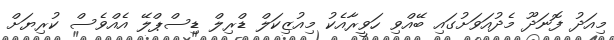
މިއަދު ފޮނަދޫ މެދުއަވަށުގައި ބޭއްވި ހަވީރާއެކު މިއުޒިކަލް ޑްރިލް ޑިސްޕްލޭ އެއްވެސް ކުރިޔަށް